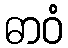
ဓာဝံ